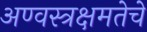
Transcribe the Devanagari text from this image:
अण्वस्त्रक्षमतेचे